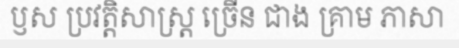
ឫស ប្រវត្តិសាស្ត្រ ច្រើន ជាង គ្រាម ភាសា